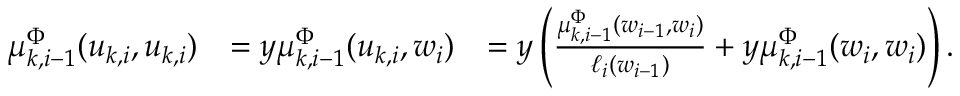
\begin{array} { r l r } { \mu _ { k , i - 1 } ^ { \Phi } ( u _ { k , i } , u _ { k , i } ) } & { = y \mu _ { k , i - 1 } ^ { \Phi } ( u _ { k , i } , w _ { i } ) } & { = y \left( \frac { \mu _ { k , i - 1 } ^ { \Phi } ( w _ { i - 1 } , w _ { i } ) } { \ell _ { i } ( w _ { i - 1 } ) } + y \mu _ { k , i - 1 } ^ { \Phi } ( w _ { i } , w _ { i } ) \right) . } \end{array}